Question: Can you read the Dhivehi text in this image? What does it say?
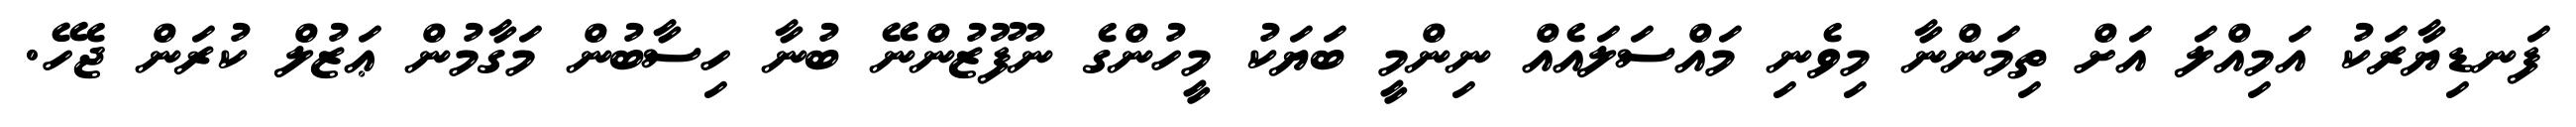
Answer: ފަނޑިޔާރަކު އަމިއްލަ އަށް ތިމަންނާ މިވެނި މައްސަލައެއް ނިންމީ ބަޔަކު މީހުންގެ ނުފޫޒުންނޭ ބުނާ ހިސާބުން މަގާމުން ޢަޒުލް ކުރަން ޖެހޭ.